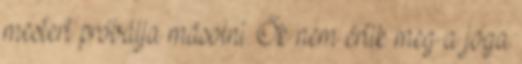
mestert próbálja másolni. Ők nem értik meg a jóga